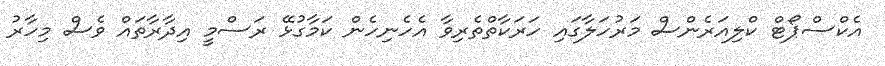
އެކްސްޕޯޓް ކްލިއަރެންސް މަރުހަލާގައި ހަރަކާތްތެރިވާ އެހެނިހެން ކަމާގުޅޭ ރަސްމީ އިދާރާތައް ވެސް މިހާރު